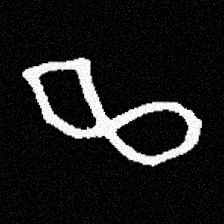
Pyu character \u2014 Myanmar letter: ဆ (romanized: cha)